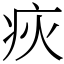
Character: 疢